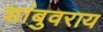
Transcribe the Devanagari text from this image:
शांबुवराय